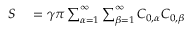
\begin{array} { r l } { S } & { { } = \gamma \pi \sum _ { \alpha = 1 } ^ { \infty } \sum _ { \beta = 1 } ^ { \infty } C _ { 0 , \alpha } C _ { 0 , \beta } } \end{array}